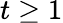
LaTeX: t\geq 1